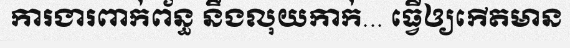
ការងារពាក់ព័ន្ធ នឹងលុយកាក់... ធ្វើឲ្យកើតមាន